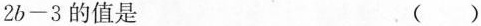
$$2b-3$$的值是 ()